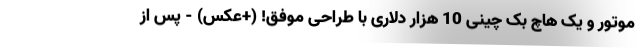
موتور و یک هاچ بک چینی 10 هزار دلاری با طراحی موفق! (+عکس) - پس از